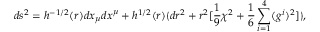
d s ^ { 2 } = h ^ { - 1 / 2 } ( r ) d x _ { \mu } d x ^ { \mu } + h ^ { 1 / 2 } ( r ) \lgroup d r ^ { 2 } + r ^ { 2 } [ { \frac { 1 } { 9 } } \chi ^ { 2 } + { \frac { 1 } { 6 } } \sum _ { i = 1 } ^ { 4 } ( g ^ { i } ) ^ { 2 } ] \rgroup ,